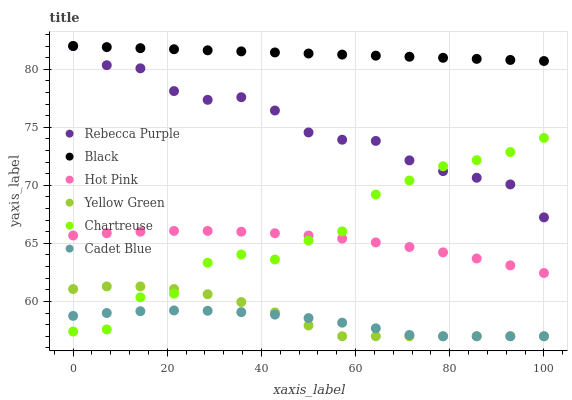
| xaxis_label | Rebecca Purple | Black | Hot Pink | Yellow Green | Chartreuse | Cadet Blue |
 | --- | --- | --- | --- | --- | --- | --- |
 | 0 | 82 | 82 | 65.7 | 61.1 | 57.4 | 58.8 |
 | 7.14 | 80.3 | 81.9 | 65.9 | 61.3 | 57.6 | 59 |
 | 14.3 | 80.1 | 81.8 | 66 | 61.3 | 60.4 | 59.2 |
 | 21.4 | 78.1 | 81.7 | 66.1 | 61.1 | 60.7 | 59.2 |
 | 28.6 | 77.4 | 81.6 | 66.1 | 60.6 | 63.3 | 59.2 |
 | 35.7 | 77.6 | 81.5 | 66 | 59.9 | 64 | 59.1 |
 | 42.9 | 76.4 | 81.4 | 65.9 | 59.1 | 63.6 | 58.9 |
 | 50 | 74.6 | 81.4 | 65.7 | 57.9 | 65.2 | 58.6 |
 | 57.1 | 73.9 | 81.3 | 65.4 | 57 | 66 | 58.2 |
 | 64.3 | 73.8 | 81.2 | 65.1 | 57 | 69.2 | 57.7 |
 | 71.4 | 72.1 | 81.1 | 64.7 | 57 | 70.4 | 57.1 |
 | 78.6 | 71.2 | 81 | 64.2 | 57 | 71.6 | 57 |
 | 85.7 | 70.7 | 80.9 | 63.7 | 57 | 72.2 | 57 |
 | 92.9 | 70.1 | 80.8 | 63.1 | 57 | 72.9 | 57 |
 | 100 | 67.2 | 80.7 | 62.4 | 57 | 74.1 | 57 |